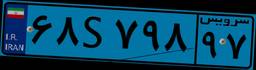
۴۵S۴۹۸۰۴